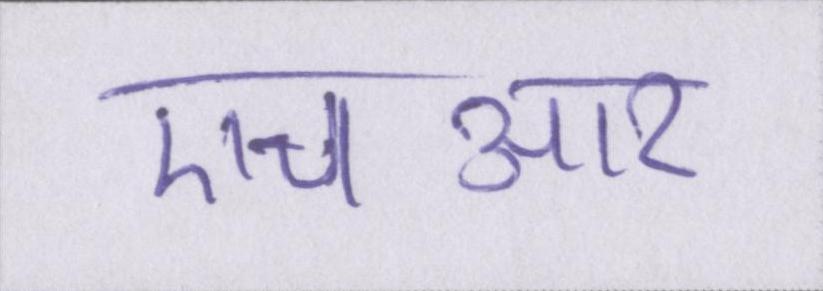
एचआर